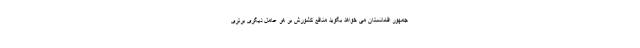
جمهور افغانستان می خواهد بگوید منافع کشورش بر هر عامل دیگری برتری